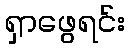
ရှာဖွေရင်း